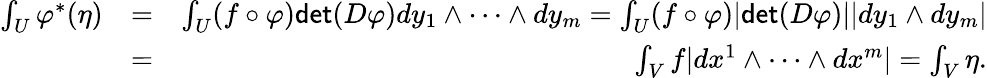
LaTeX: \begin{array}{rlr}{\int_{U}\varphi^{*}(\eta)}&{=}&{\int_{U}(f\circ\varphi)\mathsf{det}(D\varphi)dy_{1}\wedge\dots\wedge dy_{m}=\int_{U}(f\circ\varphi)|\mathsf{det}(D\varphi)||dy_{1}\wedge dy_{m}|}\\ &{=}&{\int_{V}f|dx^{1}\wedge\dots\wedge dx^{m}|=\int_{V}\eta.}\end{array}